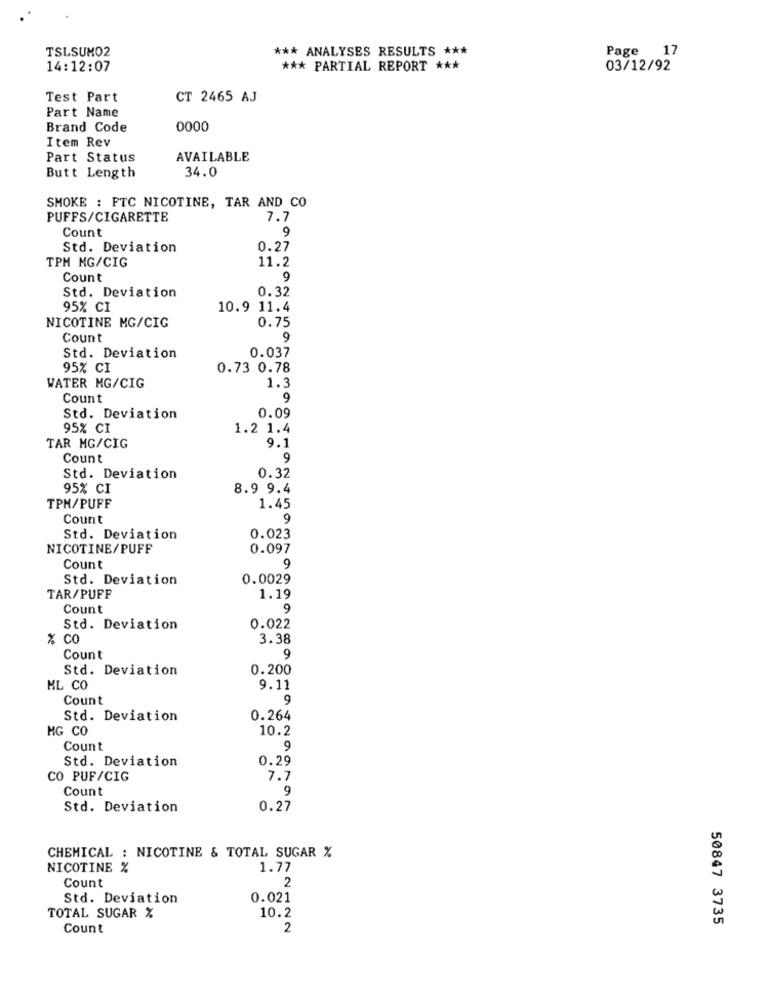
TSLSUMO2
*** ANALYSES RESULTS ***
Page 17
14:12:07
*** PARTIAL REPORT ***
03/12/92
Test Part
CT 2465 AJ
Part Name
Brand Code
0000
Item Rev
Part Status
AVAILABLE
34.0
Butt Length
SMOKE : FTC NICOTINE, TAR AND CO
PUFFS/CIGARETTE
7.7
Count
9
Std. Deviation
0.27
TPM MG/CIG
11.2
Count
9
Std. Deviation
0.32
95% CI
10.9 11.4
NICOTINE MG/CIG
0.75
Count
9
0.037
Std. Deviation
95% CI
0.73 0.78
WATER MG/CIG
1.3
Count
9
Std. Deviation
0.09
95% CI
1.2 1.4
TAR MG/CIG
9.1
Count
9
Std. Deviation
0.32
95% CI
8.9 9.4
TPM/PUFF
1.45
Count
9
Std. Deviation
0.023
NICOTINE/PUFF
0.097
Count
9
Std. Deviation
0.0029
TAR/PUFF
1.19
Count
9
Std. Deviation
0.022
% Co
3.38
Count
9
Std. Deviation
0.200
ML CO
9.11
Count
9
Std. Deviation
0.264
HG CO
10.2
Count
9
Std. Deviation
0.29
CO PUF/CIG
7.7
Count
9
Std. Deviation
0.27
CHEMICAL : NICOTINE & TOTAL SUGAR %
NICOTINE %
1.77
Count
2
Std. Deviation
0.021
10.2
TOTAL SUGAR %
50847 3735
Count
2